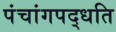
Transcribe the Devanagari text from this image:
पंचांगपद्धति